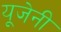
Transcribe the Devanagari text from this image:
यूजेनी